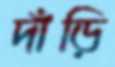
দাঁড়ি